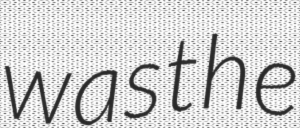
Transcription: was the